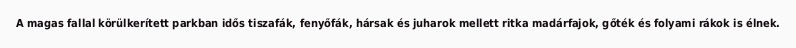
A magas fallal körülkerített parkban idős tiszafák, fenyőfák, hársak és juharok mellett ritka madárfajok, gőték és folyami rákok is élnek.